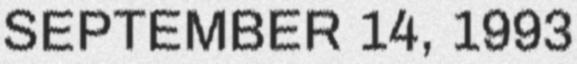
SEPTEMBER 14, 1993